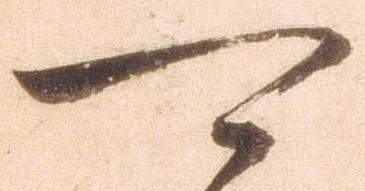
可